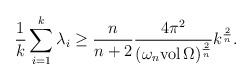
LaTeX: \begin{align*}\frac{1}{k}\sum_{i=1}^k\lambda_i\geq\frac{n}{n+2}\frac{4\pi^2}{(\omega_n \mathrm{vol}\,\Omega)^\frac{2}{n}}k^{\frac{2}{n}}.\end{align*}